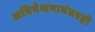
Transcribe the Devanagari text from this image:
अधिवेशनानंतरही